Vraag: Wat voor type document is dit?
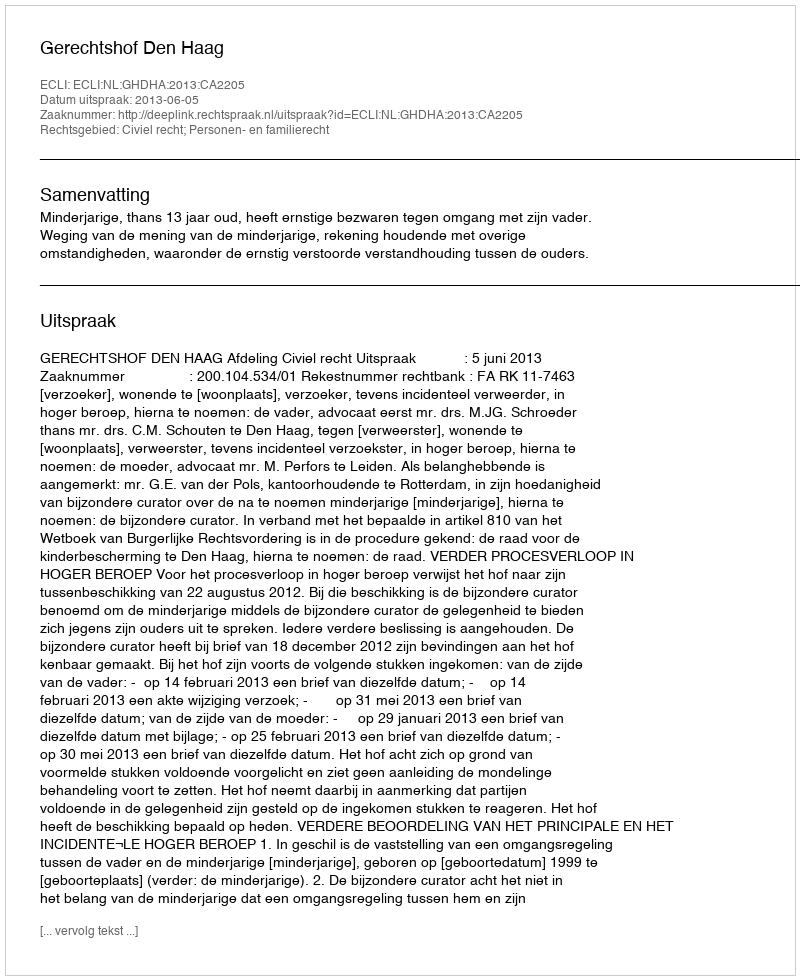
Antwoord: Uitspraak